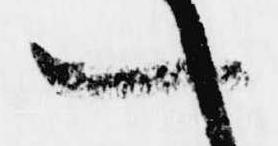
一